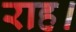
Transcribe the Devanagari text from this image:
राह।